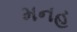
મનહ